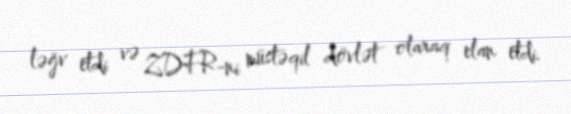
ləğv etdi və ZDFR-ni müstəqil dövlət olaraq elan etdi.